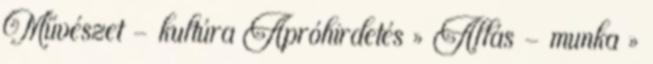
Művészet - kultúra Apróhirdetés » Állás - munka »